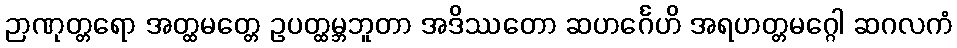
ဉာဏုတ္တရော အတ္ထမတ္တေ ဥပတ္ထမ္ဘဘူတာ အဒိဿတော ဆဟင်္ဂေဟိ အရဟတ္တမဂ္ဂေါ ဆဂလကံ